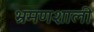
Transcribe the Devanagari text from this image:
भ्रमणशाली